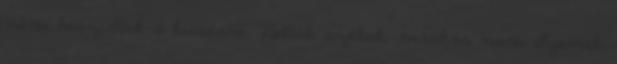
nem készültek a kiesésre. Voltak székek, máskor nem ilyenek